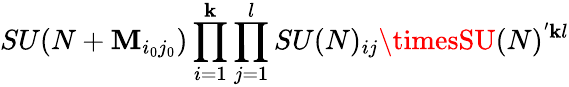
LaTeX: SU(N+\mathbf{M}_{i_{0}j_{0}})\prod_{i=1}^{\mathbf{k}}\prod_{j=1}^{l}SU(N)_{ij}\timesSU(N)^{'\mathbf{k}l}